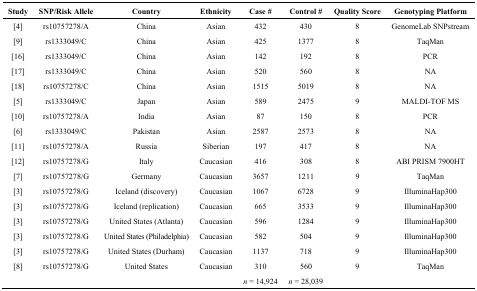
<table><thead><tr><td><b>Study</b></td><td><b>SNP/Risk Allele</b></td><td><b>Country</b></td><td><b>Ethnicity</b></td><td><b>Case #</b></td><td><b>Control #</b></td><td><b>Quality Score</b></td><td><b>Genotyping Platform</b></td></tr></thead><tbody><tr><td>[4]</td><td>rs10757278/A</td><td>China</td><td>Asian</td><td>432</td><td>430</td><td>8</td><td>GenomeLab SNPstream</td></tr><tr><td>[9]</td><td>rs1333049/C</td><td>China</td><td>Asian</td><td>425</td><td>1377</td><td>8</td><td>TaqMan</td></tr><tr><td>[16]</td><td>rs1333049/C</td><td>China</td><td>Asian</td><td>142</td><td>192</td><td>8</td><td>PCR</td></tr><tr><td>[17]</td><td>rs1333049/C</td><td>China</td><td>Asian</td><td>520</td><td>560</td><td>8</td><td>NA</td></tr><tr><td>[18]</td><td>rs10757278/C</td><td>China</td><td>Asian</td><td>1515</td><td>5019</td><td>8</td><td>NA</td></tr><tr><td>[5]</td><td>rs1333049/C</td><td>Japan</td><td>Asian</td><td>589</td><td>2475</td><td>9</td><td>MALDI-TOF MS</td></tr><tr><td>[10]</td><td>rs10757278/A</td><td>India</td><td>Asian</td><td>87</td><td>150</td><td>8</td><td>PCR</td></tr><tr><td>[6]</td><td>rs1333049/C</td><td>Pakistan</td><td>Asian</td><td>2587</td><td>2573</td><td>8</td><td>NA</td></tr><tr><td>[11]</td><td>rs10757278/A</td><td>Russia</td><td>Siberian</td><td>197</td><td>417</td><td>8</td><td>NA</td></tr><tr><td>[12]</td><td>rs10757278/G</td><td>Italy</td><td>Caucasian</td><td>416</td><td>308</td><td>8</td><td>ABI PRISM 7900HT</td></tr><tr><td>[7]</td><td>rs10757278/G</td><td>Germany</td><td>Caucasian</td><td>3657</td><td>1211</td><td>9</td><td>TaqMan</td></tr><tr><td>[3]</td><td>rs10757278/G</td><td>Iceland (discovery)</td><td>Caucasian</td><td>1067</td><td>6728</td><td>9</td><td>IlluminaHap300</td></tr><tr><td>[3]</td><td>rs10757278/G</td><td>Iceland (replication)</td><td>Caucasian</td><td>665</td><td>3533</td><td>9</td><td>IlluminaHap300</td></tr><tr><td>[3]</td><td>rs10757278/G</td><td>United States (Atlanta)</td><td>Caucasian</td><td>596</td><td>1284</td><td>9</td><td>IlluminaHap300</td></tr><tr><td>[3]</td><td>rs10757278/G</td><td>United States (Philadelphia)</td><td>Caucasian</td><td>582</td><td>504</td><td>9</td><td>IlluminaHap300</td></tr><tr><td>[3]</td><td>rs10757278/G</td><td>United States (Durham)</td><td>Caucasian</td><td>1137</td><td>718</td><td>9</td><td>IlluminaHap300</td></tr><tr><td>[8]</td><td>rs10757278/G</td><td>United States</td><td>Caucasian</td><td>310</td><td>560</td><td>9</td><td>TaqMan</td></tr><tr><td></td><td></td><td></td><td></td><td><i>n</i> = 14,924</td><td><i>n</i> = 28,039</td><td></td><td></td></tr></tbody></table>